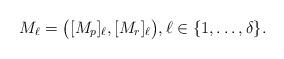
LaTeX: \begin{align*}M_{\ell} = \bigl( [ M_p ]_{\ell}, [ M_r ]_{\ell} \bigr), \ell \in \{ 1, \ldots, \delta \}.\end{align*}